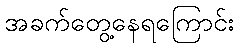
အခက်တွေ့နေရကြောင်း